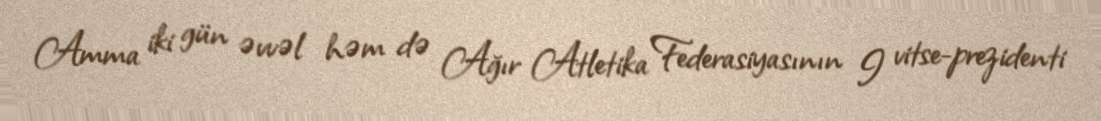
Amma iki gün əvvəl həm də Ağır Atletika Federasiyasının I vitse-prezidenti